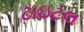
ટાઇટલ